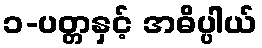
၁-ပတ္တနှင့် အဓိပ္ပါယ်